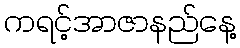
ကရင့်အာဇာနည်နေ့